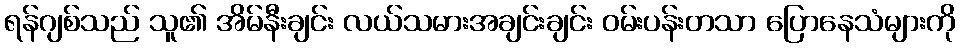
ရန်ဂျစ်သည် သူ၏ အိမ်နီးချင်း လယ်သမားအချင်းချင်း ဝမ်းပန်းတသာ ပြောနေသံများကို